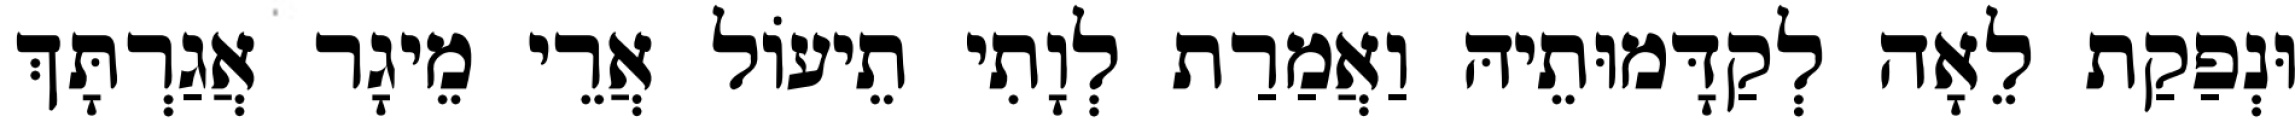
וּנְפַקַת לֵאָה לְקַדָּמוּתֵיהּ וַאֲמַרַת לְוָתִי תֵיעוֹל אֲרֵי מֵיגָר אֲגַרְתָּךְ